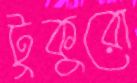
টুকুরো